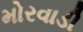
મોરવાડી